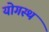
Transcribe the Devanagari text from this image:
योगस्थ